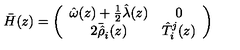
\bar { H } ( z ) = \left( \begin{array} { c c } { \hat { \omega } ( z ) + \textstyle { \frac { 1 } { 2 } } \hat { \lambda } ( z ) } & { 0 } \\ { 2 \bar { \hat { \rho } } _ { i } ( z ) } & { \hat { T } _ { i } ^ { j } ( z ) } \\ \end{array} \right)